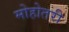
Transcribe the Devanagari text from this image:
मोहोतरी